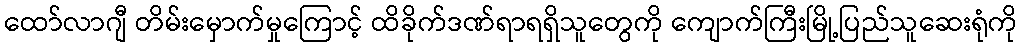
ထော်လာဂျီ တိမ်းမှောက်မှုကြောင့် ထိခိုက်ဒဏ်ရာရရှိသူတွေကို ကျောက်ကြီးမြို့ပြည်သူဆေးရုံကို